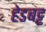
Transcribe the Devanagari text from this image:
हेडबट्ट